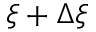
\xi + \Delta \xi